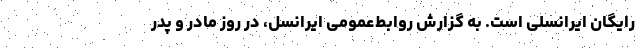
رایگان ایرانسلی است. به گزارش روابط‌عمومی ایرانسل، در روز مادر و پدر